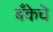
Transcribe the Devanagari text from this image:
बँकेचॆ